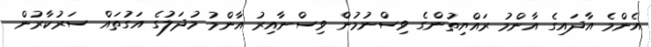
އެންމެ އާދައިގެ އާންމު ރައްޔިތުންގެ ވިސްނުމުން ވިސްނާއިރު އާންމު މުދަލުގެ އަގުތައް ސަރުކާރުން